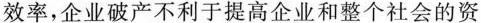
效率，企业破产不利于提高企业和整个社会的资